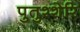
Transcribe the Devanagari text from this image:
पुतुश्शेरि